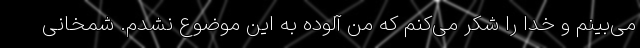
می‌بینم و خدا را شکر می‌کنم که من آلوده به این موضوع نشدم. شمخانی